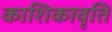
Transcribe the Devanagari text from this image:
काशिकावृति